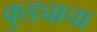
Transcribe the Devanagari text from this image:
कुड्याचा